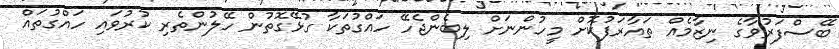
ބޭސްފަރުވާގެ ނިޒާމެއް ތައާރަފުކޮށް މީހުންނަށް ލިބެންޖެހޭ ހައްގުތަކާ ގުޅޭގޮތުން ހޭލުންތެރި ކުރުވައި ހައްގުތައް